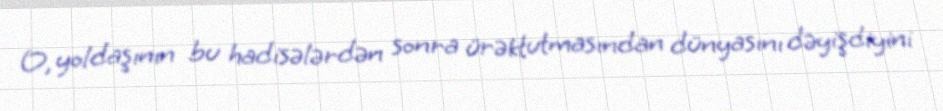
O, yoldaşının bu hadisələrdən sonra ürəktutmasından dünyasını dəyişdiyini